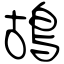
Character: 鴣